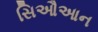
સિઔઆન